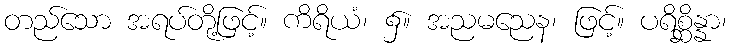
တည်သော အရပ်တို့ဖြင့်။ ကိရိယံ၊ ၌။ အညမညေန၊ ဖြင့်။ ပရိစ္ဆိန္နာ၊